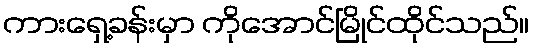
ကားရှေ့ခန်းမှာ ကိုအောင်မြိုင်ထိုင်သည်။